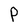
Character: P